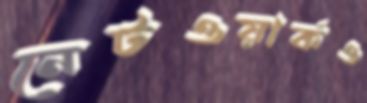
নেটওয়ার্কও